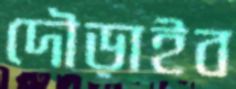
দৌড়াইব